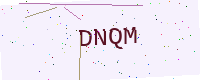
Text: DNQM